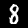
Label: 8